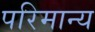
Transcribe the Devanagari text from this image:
परिमान्य